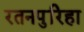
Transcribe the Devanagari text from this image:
रतनपुरिहा